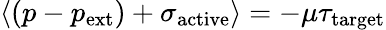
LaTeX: \langle(p-p_{\mathrm{ext}})+\sigma_{\mathrm{active}}\rangle=-\mu{\tau}_{\mathrm{target}}